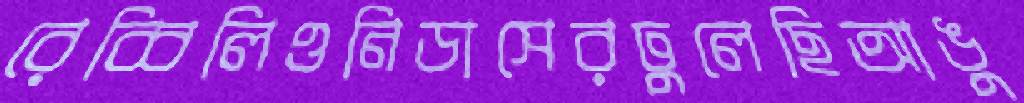
রেব্বিলিওনিডাসেরঢুলেছিআঙু